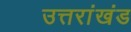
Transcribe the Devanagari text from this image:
उत्तरांखंड